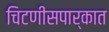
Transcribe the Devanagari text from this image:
चिटणीसपार्कात